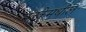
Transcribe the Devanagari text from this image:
मक्केमधील